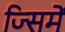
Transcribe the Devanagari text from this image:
ज्सिमें